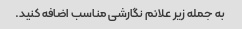
به جمله زیر علائم نگارشی مناسب اضافه کنید.